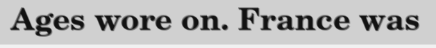
Ages wore on. France was